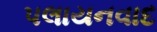
પલાયનવાદ